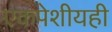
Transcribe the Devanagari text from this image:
एकपेशीयही